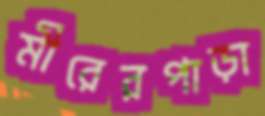
মীরেরপাড়া